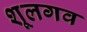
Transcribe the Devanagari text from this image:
शूलगव